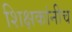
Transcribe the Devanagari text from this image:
शिक्षकांनीच